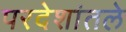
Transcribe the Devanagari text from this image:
परदेशांतले